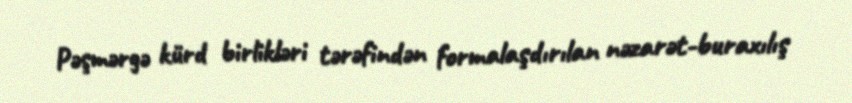
Pəşmərgə kürd birlikləri tərəfindən formalaşdırılan nəzarət-buraxılış